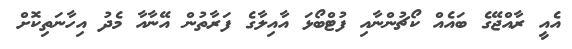
އެއީ ރާއްޖޭގެ ބައެއް ކޯޗުންނާއި ފުޓްބޯޅަ އާއިލާގެ ފަރާތުން އޭނާއާ މެދު އިހާނަތިކޮށް